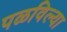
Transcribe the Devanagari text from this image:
पळविल्या